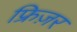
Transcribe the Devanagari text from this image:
फ्रिज़र